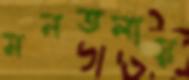
মনতলায়